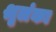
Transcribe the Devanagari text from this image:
श्रृलंका